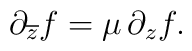
\partial_{\overline{z}} f = \mu \, \partial_{z}f.